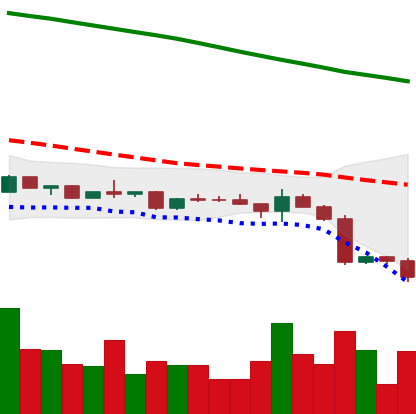
Ticker: ETC-USD
Chart end date: 2022-12-19
Forward return: 8.543%
Label: up_7plus